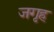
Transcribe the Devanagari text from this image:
जगृह